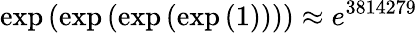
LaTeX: \exp{(\exp{(\exp{(\exp{(1)})})})}\approx e^{3814279}